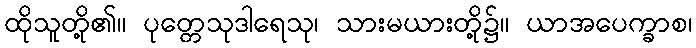
ထိုသူတို့၏။ ပုတ္တေသုဒါရေသု၊ သားမယားတို့၌။ ယာအပေက္ခာစ၊